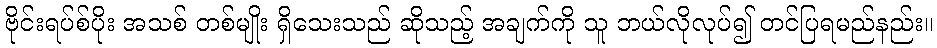
ဗိုင်းရပ်စ်ပိုး အသစ် တစ်မျိုး ရှိသေးသည် ဆိုသည့် အချက်ကို သူ ဘယ်လိုလုပ်၍ တင်ပြရမည်နည်း။